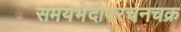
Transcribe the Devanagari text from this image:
समयभेदोपरचनचक्र